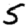
Digit: 5